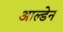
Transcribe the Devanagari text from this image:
आल्डेन